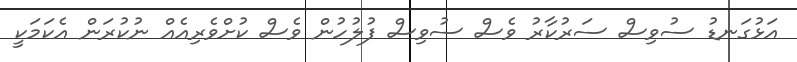
އަޅުގަނޑު ސުވިސް ސަރުކާރު ވެސް ސުވިސް ފުލުހުން ވެސް ކުށްވެރިއެއް ނުކުރަން އެކަމަކީ